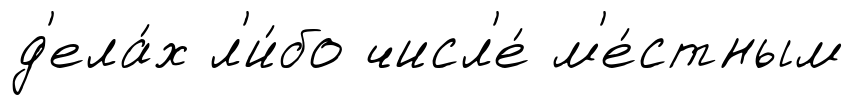
д'ела́х л'и́бо числ'е́ м'е́стным